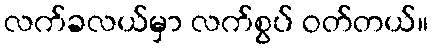
လက်ခလယ်မှာ လက်စွပ် ဝတ်တယ်။